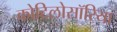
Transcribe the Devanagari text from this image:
कोटिलोसॉरिया